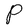
Character: P